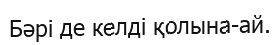
Бәрі де келді қолына-ай.